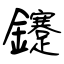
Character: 鑳